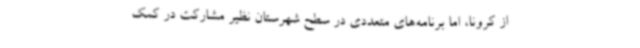
از کرونا، اما برنامه‌های متعددی در سطح شهرستان نظیر مشارکت در کمک